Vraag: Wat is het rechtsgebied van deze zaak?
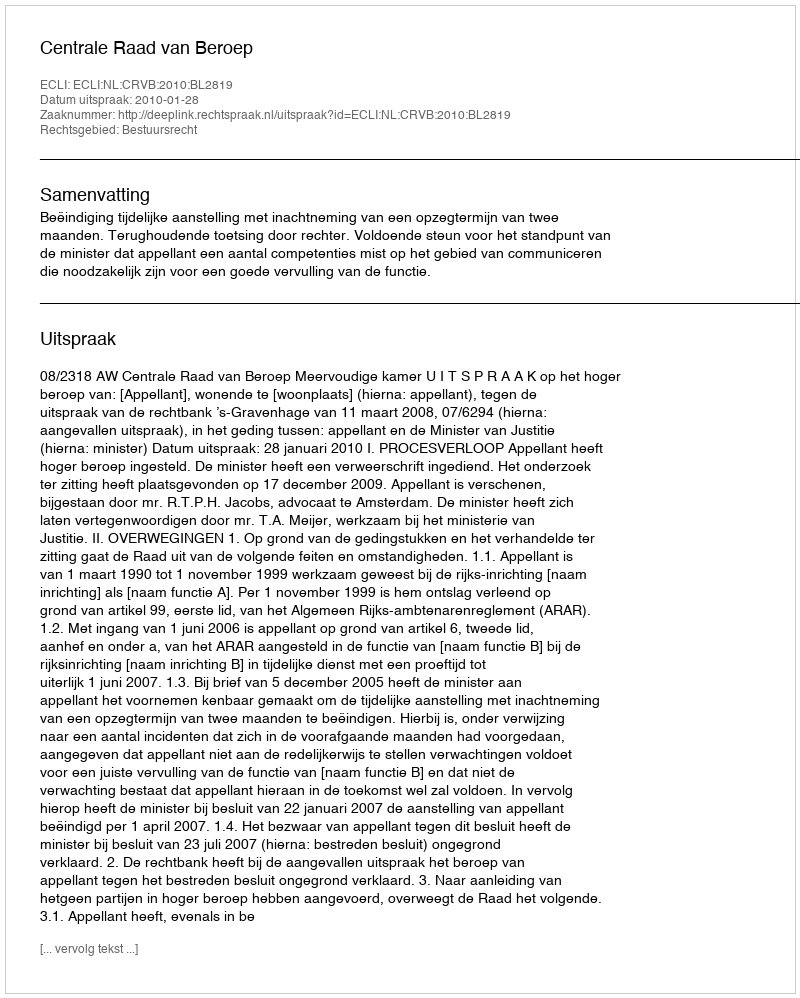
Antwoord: Bestuursrecht